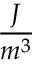
\frac { J } { m ^ { 3 } }